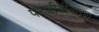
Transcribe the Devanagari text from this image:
परजीवीकरण